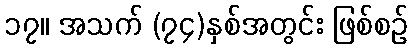
၁၇။ အသက် (၇၄)နှစ်အတွင်း ဖြစ်စဉ်